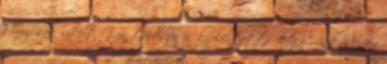
Cruz, sok sikert Cruz többször is kijelentette, hogy mindenképpen